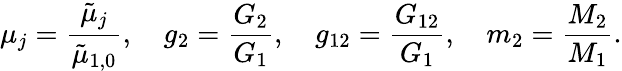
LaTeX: \mu_{j}=\frac{\tilde{\mu}_{j}}{\tilde{\mu}_{1,0}},\quad g_{2}=\frac{G_{2}}{G_{1}},\quad g_{12}=\frac{G_{12}}{G_{1}},\quad m_{2}=\frac{M_{2}}{M_{1}}.